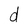
Character: d